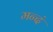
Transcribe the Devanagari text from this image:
मन्दं